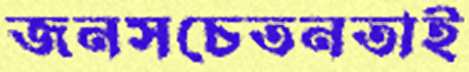
জনসচেতনতাই